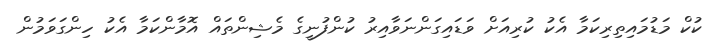
ކުކް މަޑުމައިތިރިކަމާ އެކު ކުރިއަށް ވަޑައިގަންނަވާއިރު ކުންފުނީގެ މެޝިންތައް އޮމާންކަމާ އެކު ހިންގަވަމުން